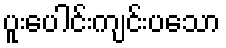
ပူးပေါင်းကျင်းပသော